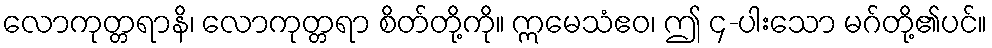
လောကုတ္တရာနိ၊ လောကုတ္တရာ စိတ်တို့ကို။ ဣမေသံဧဝ၊ ဤ ၄-ပါးသော မဂ်တို့၏ပင်။